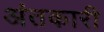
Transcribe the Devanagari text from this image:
अंतकारी